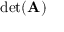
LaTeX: \operatorname* { d e t } ( \mathbf { A } )